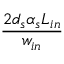
\frac { 2 d _ { s } \alpha _ { s } L _ { i n } } { w _ { i n } }